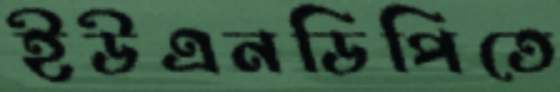
ইউএনডিপিতে